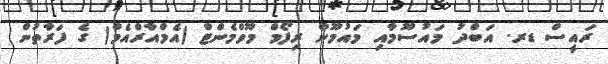
ރައީސް ޑރ. އަބްދު މައުސޫމާއި މައުމޫން ރިފޯމް މޫވްމެންޓް (އެމްއާރްއެމް) ގެ ފަރާތުން